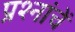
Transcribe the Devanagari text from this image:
प्रश्नांचें